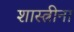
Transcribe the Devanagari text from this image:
शास्त्रीना